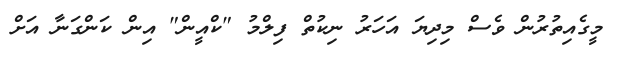
މީގެއިތުރުން ވެސް މިދިޔަ އަހަރު ނިކުތް ފިލްމު "ކްއީން" އިން ކަންގަނާ އަށް